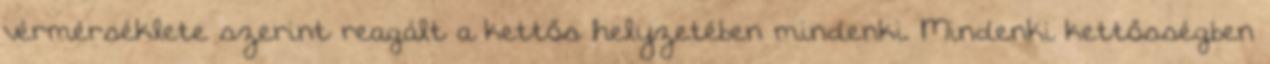
vérmérséklete szerint reagált a kettős helyzetében mindenki. Mindenki kettősségben